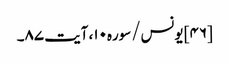
[۴۶] یونس/سوره۱۰، آیت ۸۷۔